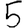
Digit: 5